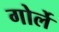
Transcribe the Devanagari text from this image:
गोर्ले